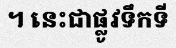
។ នេះជាផ្លូវទឹកទី